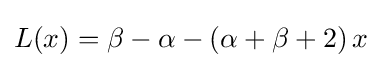
L(x)=\beta -\alpha -(\alpha +\beta +2)\,x